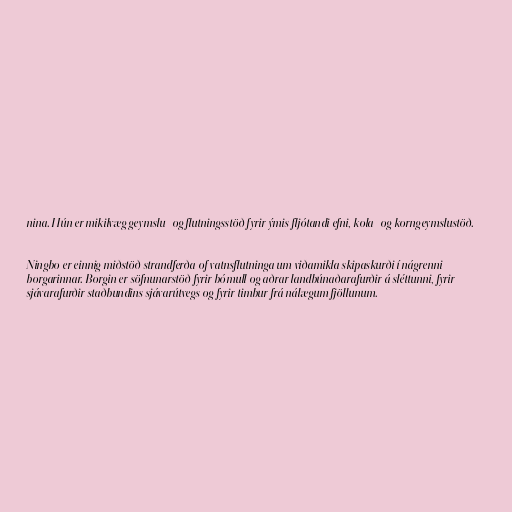
nina. Hún er mikilvæg geymslu- og flutningsstöð fyrir ýmis fljótandi efni, kola- og korngeymslustöð.

Ningbo er einnig miðstöð strandferða of vatnsflutninga um viðamikla skipaskurði í nágrenni
borgarinnar. Borgin er söfnunarstöð fyrir bómull og aðrar landbúnaðarafurðir á sléttunni, fyrir
sjávarafurðir staðbundins sjávarútvegs og fyrir timbur frá nálægum fjöllunum.